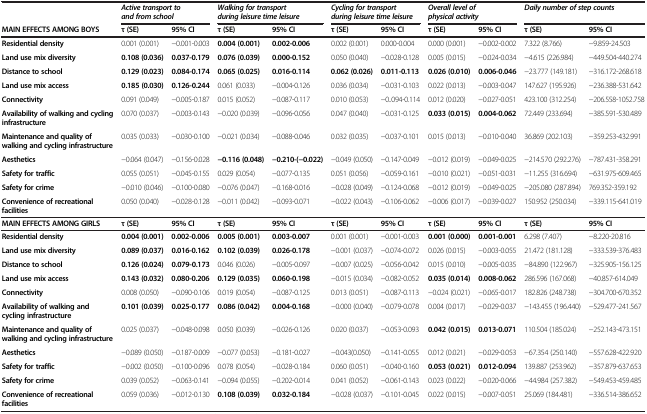
<table><thead><tr><td><b> </b></td><td colspan="2"><b><i>Active transport to and from school</i></b></td><td colspan="2"><b><i>Walking for transport during leisure time leisure</i></b></td><td colspan="2"><b><i>Cycling for transport during leisure time leisure</i></b></td><td colspan="2"><b><i>Overall level of physical activity</i></b></td><td colspan="2"><b><i>Daily number of step counts</i></b></td></tr></thead><tbody><tr><td><b>MAIN EFFECTS AMONG BOYS</b></td><td><b>τ (SE)</b></td><td><b>95% </b><b>CI</b></td><td><b>τ (SE)</b></td><td><b>95% </b><b>CI</b></td><td><b>τ (SE)</b></td><td><b>95% </b><b>CI</b></td><td><b>τ (SE)</b></td><td><b>95% </b><b>CI</b></td><td><b>τ (SE)</b></td><td><b>95% </b><b>CI</b></td></tr><tr><td><b>Residential density</b></td><td>0.001 (0.001)</td><td>−0.001-0.003</td><td><b>0.004 (0.001)</b></td><td><b>0.002-0.006</b></td><td>0.002 (0.001)</td><td>0.000-0.004</td><td>0.000 (0.001)</td><td>−0.002-0.002</td><td>7.322 (8.766)</td><td>−9.859-24.503</td></tr><tr><td><b>Land use mix diversity</b></td><td><b>0.108 (0.036)</b></td><td><b>0.037-0.179</b></td><td><b>0.076 (0.039)</b></td><td><b>0.000-0.152</b></td><td>0.050 (0.040)</td><td>−0.028-0.128</td><td>0.005 (0.015)</td><td>−0.024-0.034</td><td>−4.615 (226.984)</td><td>−449.504-440.274</td></tr><tr><td><b>Distance to school</b></td><td><b>0.129 (0.023)</b></td><td><b>0.084-0.174</b></td><td><b>0.065 (0.025)</b></td><td><b>0.016-0.114</b></td><td><b>0.062 (0.026)</b></td><td><b>0.011-0.113</b></td><td><b>0.026 (0.010)</b></td><td><b>0.006-0.046</b></td><td>−23.777 (149.181)</td><td>−316.172-268.618</td></tr><tr><td><b>Land use mix access</b></td><td><b>0.185 (0.030)</b></td><td><b>0.126-0.244</b></td><td>0.061 (0.033)</td><td>−0.004-0.126</td><td>0.036 (0.034)</td><td>−0.031-0.103</td><td>0.022 (0.013)</td><td>−0.003-0.047</td><td>147.627 (195.926)</td><td>−236.388-531.642</td></tr><tr><td><b>Connectivity</b></td><td>0.091 (0.049)</td><td>−0.005-0.187</td><td>0.015 (0.052)</td><td>−0.087-0.117</td><td>0.010 (0.053)</td><td>−0..094-0.114</td><td>0.012 (0.020)</td><td>−0.027-0.051</td><td>423.100 (312.254)</td><td>−206.558-1052.758</td></tr><tr><td><b>Availability of walking and cycling infrastructure</b></td><td>0.070 (0.037)</td><td>−0.003-0.143</td><td>−0.020 (0.039)</td><td>−0.096-0.056</td><td>0.047 (0.040)</td><td>−0.031-0.125</td><td><b>0.033 (0.015)</b></td><td><b>0.004-0.062</b></td><td>72.449 (233.694)</td><td>−385.591-530.489</td></tr><tr><td><b>Maintenance and quality of walking and cycling infrastructure</b></td><td>0.035 (0.033)</td><td>−0.030-0.100</td><td>−0.021 (0.034)</td><td>−0.088-0.046</td><td>0.032 (0.035)</td><td>−0.037-0.101</td><td>0.015 (0.013)</td><td>−0.010-0.040</td><td>36.869 (202.103)</td><td>−359.253-432.991</td></tr><tr><td><b>Aesthetics</b></td><td>−0.064 (0.047)</td><td>−0.156-0.028</td><td><b>−0.116 (0.048)</b></td><td><b>−0.210-(−0.022)</b></td><td>−0.049 (0.050)</td><td>−0.147-0.049</td><td>−0.012 (0.019)</td><td>−0.049-0.025</td><td>−214.570 (292.276)</td><td>−787.431-358.291</td></tr><tr><td><b>Safety for traffic</b></td><td>0.055 (0.051)</td><td>−0.045-0.155</td><td>0.029 (0.054)</td><td>−0.077-0.135</td><td>0.051 (0.056)</td><td>−0.059-0.161</td><td>−0.010 (0.021)</td><td>−0.051-0.031</td><td>−11.255 (316.694)</td><td>−631.975-609.465</td></tr><tr><td><b>Safety for crime</b></td><td>−0.010 (0.046)</td><td>−0.100-0.080</td><td>−0.076 (0.047)</td><td>−0.168-0.016</td><td>−0.028 (0.049)</td><td>−0.124-0.068</td><td>−0.012 (0.019)</td><td>−0.049-0.025</td><td>−205.080 (287.894)</td><td>769.352-359.192</td></tr><tr><td><b>Convenience of recreational facilities</b></td><td>0.050 (0.040)</td><td>−0.028-0.128</td><td>−0.011 (0.042)</td><td>−0.093-0.071</td><td>−0.022 (0.043)</td><td>−0.106-0.062</td><td>−0.006 (0.017)</td><td>−0.039-0.027</td><td>150.952 (250.034)</td><td>−339.115-641.019</td></tr><tr><td><b>MAIN EFFECTS AMONG GIRLS</b></td><td><b>τ (SE)</b></td><td><b>95% </b><b>CI</b></td><td><b>τ (SE)</b></td><td><b>95% </b><b>CI</b></td><td><b>τ (SE)</b></td><td><b>95% </b><b>CI</b></td><td><b>τ (SE)</b></td><td><b>95% </b><b>CI</b></td><td><b>τ (SE)</b></td><td><b>95% </b><b>CI</b></td></tr><tr><td><b>Residential density</b></td><td><b>0.004 (0.001)</b></td><td><b>0.002-0.006</b></td><td><b>0.005 (0.001)</b></td><td><b>0.003-0.007</b></td><td>0.001 (0.001)</td><td>−0.001-0.003</td><td><b>0.001 (0.000)</b></td><td><b>0.001-0.001</b></td><td>6.298 (7.407)</td><td>−8.220-20.816</td></tr><tr><td><b>Land use mix diversity</b></td><td><b>0.089 (0.037)</b></td><td><b>0.016-0.162</b></td><td><b>0.102 (0.039)</b></td><td><b>0.026-0.178</b></td><td>−0.001 (0.037)</td><td>−0.074-0.072</td><td>0.026 (0.015)</td><td>−0.003-0.055</td><td>21.472 (181.128)</td><td>−333.539-376.483</td></tr><tr><td><b>Distance to school</b></td><td><b>0.126 (0.024)</b></td><td><b>0.079-0.173</b></td><td>0.046 (0.026)</td><td>−0.005-0.097</td><td>−0.007 (0.025)</td><td>−0.056-0.042</td><td>0.015 (0.010)</td><td>−0.005-0.035</td><td>−84.890 (122.967)</td><td>−325.905-156.125</td></tr><tr><td><b>Land use mix access</b></td><td><b>0.143 (0.032)</b></td><td><b>0.080-0.206</b></td><td><b>0.129 (0.035)</b></td><td><b>0.060-0.198</b></td><td>−0.015 (0.034)</td><td>−0.082-0.052</td><td><b>0.035 (0.014)</b></td><td><b>0.008-0.062</b></td><td>286.596 (167.068)</td><td>−40.857-614.049</td></tr><tr><td><b>Connectivity</b></td><td>0.008 (0.050)</td><td>−0.090-0.106</td><td>0.019 (0.054)</td><td>−0.087-0.125</td><td>0.013 (0.051)</td><td>−0.087-0.113</td><td>−0.024 (0.021)</td><td>−0.065-0.017</td><td>182.826 (248.738)</td><td>−304.700-670.352</td></tr><tr><td><b>Availability of walking and cycling infrastructure</b></td><td><b>0.101 (0.039)</b></td><td><b>0.025-0.177</b></td><td><b>0.086 (0.042)</b></td><td><b>0.004-0.168</b></td><td>−0.000 (0.040)</td><td>−0.079-0.078</td><td>0.004 (0.017)</td><td>−0.029-0.037</td><td>−143.455 (196.440)</td><td>−529.477-241.567</td></tr><tr><td><b>Maintenance and quality of walking and cycling infrastructure</b></td><td>0.025 (0.037)</td><td>−0.048-0.098</td><td>0.050 (0.039)</td><td>−0.026-0.126</td><td>0.020 (0.037)</td><td>−0.053-0.093</td><td><b>0.042 (0.015)</b></td><td><b>0.013-0.071</b></td><td>110.504 (185.024)</td><td>−252.143-473.151</td></tr><tr><td><b>Aesthetics</b></td><td>−0.089 (0.050)</td><td>−0.187-0.009</td><td>−0.077 (0.053)</td><td>−0.181-0.027</td><td>−0.043(0.050)</td><td>−0.141-0.055</td><td>0.012 (0.021)</td><td>−0.029-0.053</td><td>−67.354 (250.140)</td><td>−557.628-422.920</td></tr><tr><td><b>Safety for traffic</b></td><td>−0.002 (0.050)</td><td>−0.100-0.096</td><td>0.078 (0.054)</td><td>−0.028-0.184</td><td>0.060 (0.051)</td><td>−0.040-0.160</td><td><b>0.053 (0.021)</b></td><td><b>0.012-0.094</b></td><td>139.887 (253.962)</td><td>−357.879-637.653</td></tr><tr><td><b>Safety for crime</b></td><td>0.039 (0.052)</td><td>−0.063-0.141</td><td>−0.094 (0.055)</td><td>−0.202-0.014</td><td>0.041 (0.052)</td><td>−0.061-0.143</td><td>0.023 (0.022)</td><td>−0.020-0.066</td><td>−44.984 (257.382)</td><td>−549.453-459.485</td></tr><tr><td><b>Convenience of recreational facilities</b></td><td>0.059 (0.036)</td><td>−0.012-0.130</td><td><b>0.108 (0.039)</b></td><td><b>0.032-0.184</b></td><td>−0.028 (0.037)</td><td>−0.101-0.045</td><td>0.022 (0.015)</td><td>−0.007-0.051</td><td>25.069 (184.481)</td><td>−336.514-386.652</td></tr></tbody></table>